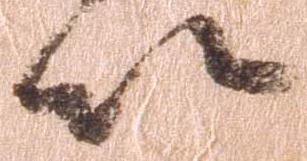
以